Report on sanitation, dispensaries, and jails in Rajputana for 1917, and on vaccination for the year 1917-1918 - 1917-1918
Year: 1917
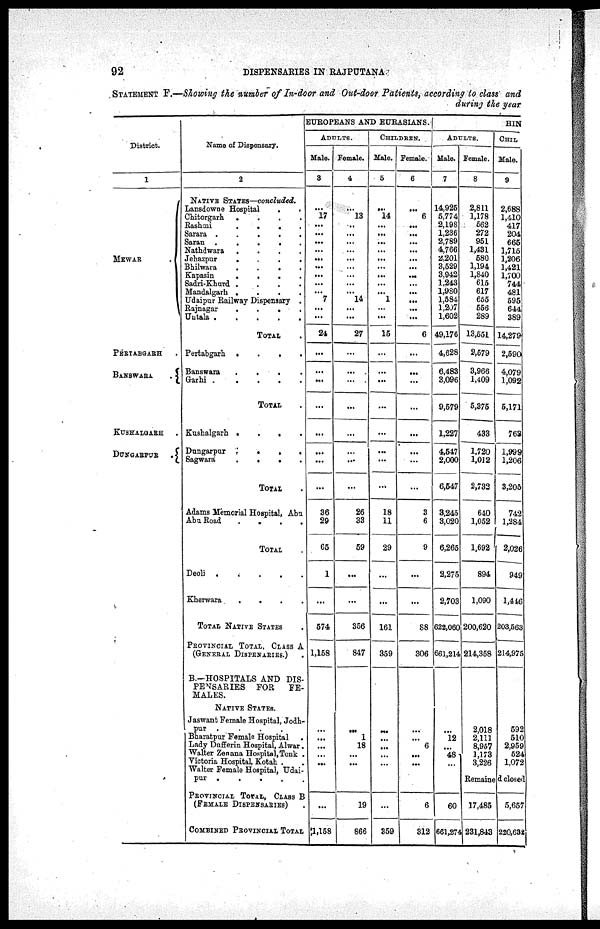
92
DISPENSARIES IN RAJPUTANA
STATEMENT F.—Showing the number of In-door and Out-door Patients, according to class and
during the year
District.
1
MEWAR
.
PERTABGARH .
BANSWARA
.
KUSHALGARH
DUNGARPUR
.
Name of Dispensary.
2
NATIVE STATES—concluded.
Lansdowne Hospital ..
Chitorgarh ....
Rashmi ....
Sarara .....
Saran .....
Nathdwara ....
Jehzpur ....
Bhilwara .....
Kapasin ....
Sadri-Khurd ....
Mandalgarh ....
Udaipur Railway Dispensary .
Rajnagar ....
Untala
.....
TOTAL
Pertabgarh
.
.
.
.
Banswara
....
Garhi
.
.
.
.
.
TOTAL .
Kushalgarh
.
.
.
.
Dungarpur
.
.
.
.
Sagwara
....
TOTAL .
Adams Memorial Hospital, Aba
Aba Road
.
.
.
.
TOTAL .
Deoli
Kherwara
.
.
.
.
TOTAL NATIVE STATES .
PROVINCIAL TOTAL, CLASS A
(GENERAL DISPENARIES.) .
B.—HOSPITALS AND DIS-
PENSARIES
FOR
FE-
MALES.
NATIVE STATES.
Jaswant Female Hospital, Jodh¬
pur
.
.
.
.
Bharatpur Female Hospital .
Lady Dufferin Hospital, Alwar.
Walter Zenana Hospital,Tonk .
Victoria Hospital, Kotah ..
Walter Female Hospital, Udai¬
pur
.....
PROVINCIAL TOTAL, CLASS B
(FEMALE DISPENSARIES) .
COMBINED PROVINCIAL TOTAL
EUROPEANS AND EURASIANS.
ADULTS.
Male.
3
...
17
...
...
...
...
...
...
...
...
...
7
...
...
24
...
...
...
...
...
...
...
...
36
29
65
1
...
574
1,168
...
...
...
...
...
...
...
1,158
Female.
4
...
13
...
...
...
...
...
...
...
...
...
14
...
...
27
...
...
...
...
...
...
...
...
26
33
59
...
...
356
847
...
1
18
...
...
...
19
866
CHILDREN.
Male.
5
...
14
...
...
...
...
...
...
...
...
...
1
...
...
15
...
...
...
...
...
...
...
...
18
11
29
...
...
161
359
...
...
...
...
...
...
...
359
Female.
6
...
6
...
...
...
...
...
...
...
...
...
...
...
...
6
...
...
...
...
...
...
...
...
3
6
9
...
...
88
306
...
...
6
...
...
...
6
312
HIN
ADULTS.
Male.
7
14,925
5,774
2,198
1,236
2,789
4,766
2,201
3,529
3,942
1,243
1,980
1,584
1,207
1,602
49,176
4,628
6,483
3,096
9,579
1,227
4,547
2,000
6,547
3,245
3,020
6,265
2,275
2,703
622,060
661,214
...
12
...
48
...
...
60
661,274
Female.
8
2,811
1,178
562
272
951
1,431
580
1,194
1,840
615
617
655
556
289
13,551
2,579
3,966
1,409
5,375
433
1,720
1,012
2,732
640
1,052
1,692
894
1,090
200,620
214,358
2,018
2,111
8,967
1,173
3,226
CHIL
Male.
9
2,688
1,410
417
204
665
1,715
1,206
1,421
1,700
744
481
595
644
389
14,279
2,590
4,079
1,092
5,171
763
1,999
1,206
3,205
742
1,284
2,026
949
1,416
203,563
214,975
592
510
2,959
524
1,072
Remained closed
17,485
231,843
5,657
220,632